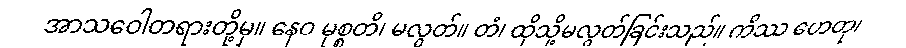
အာသဝေါတရားတို့မှ။ နေဝ မုစ္စတိ၊ မလွတ်။ တံ၊ ထိုသို့မလွတ်ခြင်းသည်။ ကိဿ ဟေတု၊